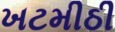
ખટમીઠી